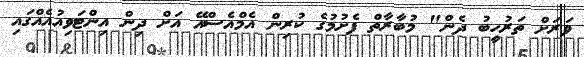
ވަރަށް ތަރުހީބު ދެން" މުބާރާތް ފެށުމުގެ ކުރިން އެމްއެސްއޭ އަށް ދިން އިންޓަވިއުއެއްގައި